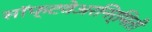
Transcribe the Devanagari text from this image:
सॉफ्टवेअरनिर्मिती